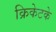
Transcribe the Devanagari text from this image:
क्रिकेटके